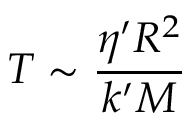
T \sim \frac { \eta ^ { \prime } R ^ { 2 } } { k ^ { \prime } M }